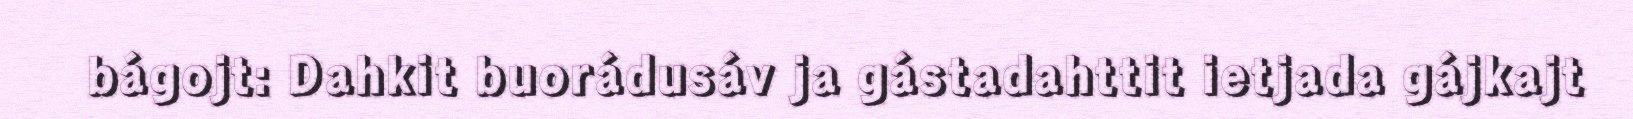
bágojt: Dahkit buorádusáv ja gástadahttit ietjada gájkajt